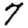
Digit: 7